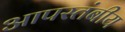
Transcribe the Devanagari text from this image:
आपस्तंबीय